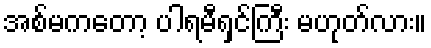
အစ်မကတော့ ပါရမီရှင်ကြီး မဟုတ်လား။